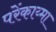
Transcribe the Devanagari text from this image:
परेंकाय्मा